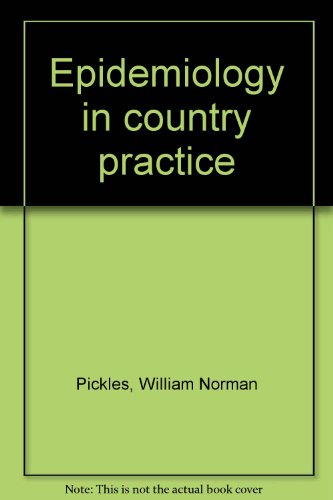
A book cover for Epidemiology in country practice; William Norman Pickles; Medical Books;